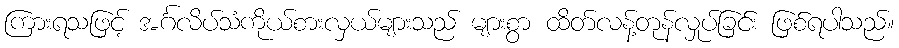
ကြားရသဖြင့် အင်္ဂလိပ်သံကိုယ်စားလှယ်များသည် များစွာ ထိတ်လန့်တုန်လှုပ်ခြင်း ဖြစ်ရပါသည်။